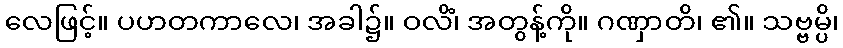
လေဖြင့်။ ပဟတကာလေ၊ အခါ၌။ ဝလိံ၊ အတွန့်ကို။ ဂဏှာတိ၊ ၏။ သဗ္ဗမ္ပိ၊